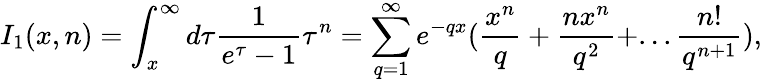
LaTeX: I_{1}(x,n)=\int_{x}^{\infty}d\tau\frac{1}{e^{\tau}-1}\tau^{n}=\sum_{q=1}^{\infty}e^{-qx}(\frac{x^{n}}{q}+\frac{nx^{n}}{q^{2}}+...\frac{n!}{q^{n+1}}),